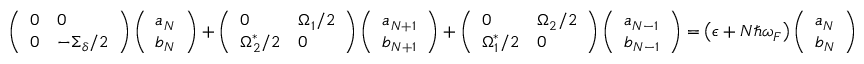
\begin{array} { r } { \left( \begin{array} { l l } { 0 } & { 0 } \\ { 0 } & { - \Sigma _ { \delta } / 2 } \end{array} \right) \left( \begin{array} { l } { a _ { N } } \\ { b _ { N } } \end{array} \right) + \left( \begin{array} { l l } { 0 } & { \Omega _ { 1 } / 2 } \\ { \Omega _ { 2 } ^ { * } / 2 } & { 0 } \end{array} \right) \left( \begin{array} { l } { a _ { N + 1 } } \\ { b _ { N + 1 } } \end{array} \right) + \left( \begin{array} { l l } { 0 } & { \Omega _ { 2 } / 2 } \\ { \Omega _ { 1 } ^ { * } / 2 } & { 0 } \end{array} \right) \left( \begin{array} { l } { a _ { N - 1 } } \\ { b _ { N - 1 } } \end{array} \right) = \left( \epsilon + N \hbar \omega _ { F } \right) \left( \begin{array} { l } { a _ { N } } \\ { b _ { N } } \end{array} \right) } \end{array}